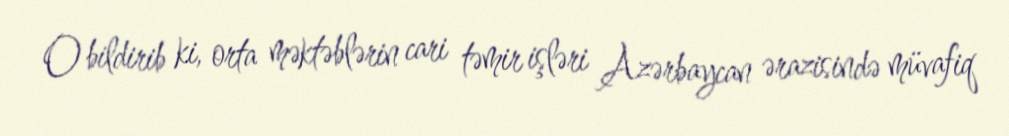
O bildirib ki, orta məktəblərin cari təmir işləri Azərbaycan ərazisində müvafiq